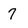
Character: 7